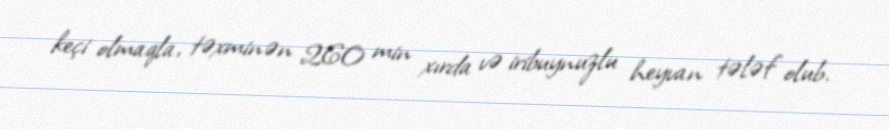
keçi olmaqla, təxminən 260 min xırda və iribuynuzlu heyvan tələf olub.